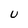
Character: u